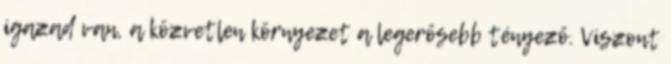
igazad van, a közvetlen környezet a legerősebb tényező. Viszont